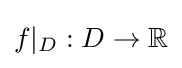
f\vert _{D}:D\to \mathbb {R}